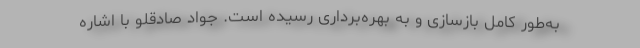
به‌طور کامل بازسازی و به بهره‌برداری رسیده است. جواد صادقلو با اشاره